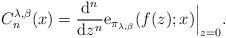
LaTeX: \begin{align*}C_{n}^{\lambda,\beta}(x)=\frac{\mathrm{d}^{n}}{\mathrm{d}z^{n}}\mathrm{e}_{\pi_{\lambda,\beta}}(f(z);x)\Big|_{z=0}.\end{align*}